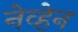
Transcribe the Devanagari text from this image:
नेव्हेन